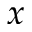
x